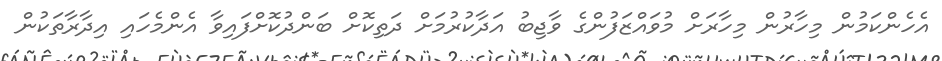
އެހެންކަމުން މިހާރުން މިހާރަށް މުވައްޒަފުންގެ ވާޖިބު އަދާކުރުމަށް ދަތިކޮށް ބަންދުކޮށްފައިވާ އެންމެހައި އިދާރާތަކުން